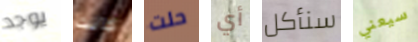
يوجد كانت حلت أي سنأكل سيعني